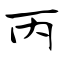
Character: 丙